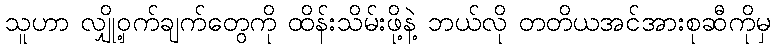
သူဟာ လျှို့ဝှက်ချက်တွေကို ထိန်းသိမ်းဖို့နဲ့ ဘယ်လို တတိယအင်အားစုဆီကိုမှ